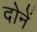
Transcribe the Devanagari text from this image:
दोनें